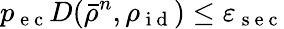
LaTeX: p_{\mathrm{~e~c~}}D(\bar{\rho}^{n},\rho_{\mathrm{~i~d~}})\leq\varepsilon_{\mathrm{~s~e~c~}}